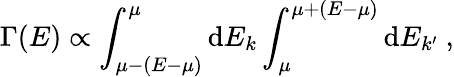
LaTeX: \Gamma(E)\propto\int_{\mu-(E-\mu)}^{\mu}\mathrm{d}E_{k}\int_{\mu}^{\mu+(E-\mu)}\mathrm{d}E_{k^{\prime}}\ ,